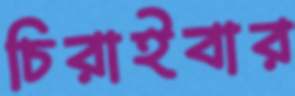
চিরাইবার